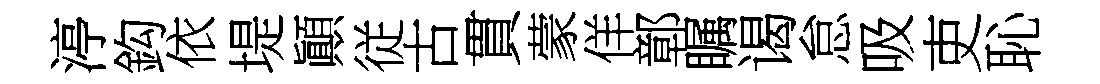
渟鈎依堤顚従古貫蒙佯鄣瞩谒怠吸吏恥